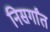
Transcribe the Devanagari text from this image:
निसर्गांत